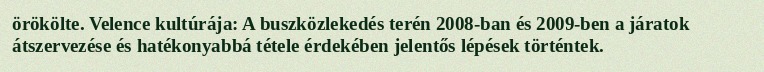
örökölte. Velence kultúrája: A buszközlekedés terén 2008-ban és 2009-ben a járatok átszervezése és hatékonyabbá tétele érdekében jelentős lépések történtek.